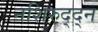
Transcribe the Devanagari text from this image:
नशिरुद्द्न